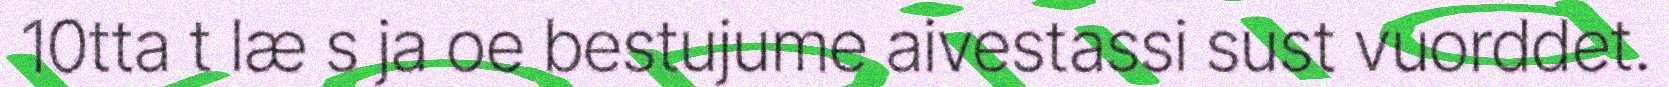
10tta t læ s ja oe bestujume aivestassi sust vuorddet.